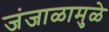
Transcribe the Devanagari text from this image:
जंजाळामुळे